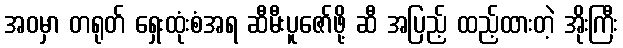
အဝမှာ တရုတ် ရှေးထုံးစံအရ ဆီမီးပူဇော်ဖို့ ဆီ အပြည့် ထည့်ထားတဲ့ အိုးကြီး